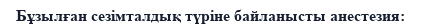
Бұзылған сезімталдық түріне байланысты анестезия: